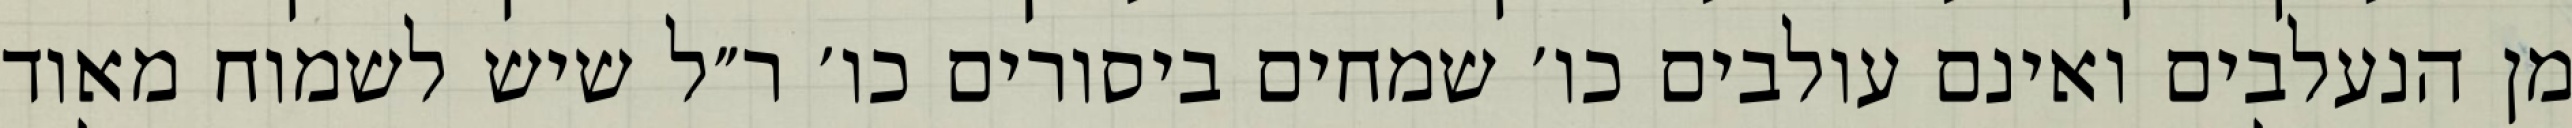
מן הנעלבים ואינם עולבים כו׳ שמחים ביסורים כו׳ ר״ל שיש לשמוח מאוד